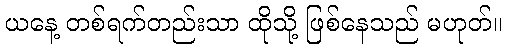
ယနေ့ တစ်ရက်တည်းသာ ထိုသို့ ဖြစ်နေသည် မဟုတ်။